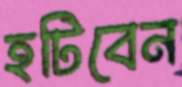
হটিবেন